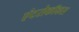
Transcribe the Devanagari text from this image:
एंटरोकॉकस